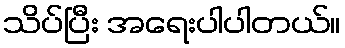
သိပ်ပြီး အရေးပါပါတယ်။